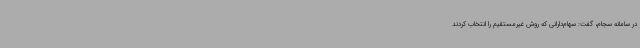
در سامانه سجام، گفت: سهام‌دارانی که روش غیرمستقیم را انتخاب کردند